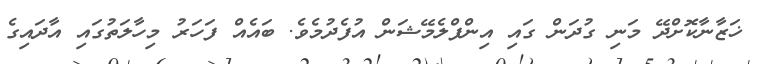
ޚަޒާނާކޮށްދޭ މަނި ގުދަން ގައި އިންފްލެމޭޝަން އުފެދުމެވެ. ބައެއް ފަހަރު މިހާލަތުގައި އާދައިގެ